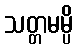
သတ္တမမ္ပိ